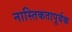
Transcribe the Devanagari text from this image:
नास्तिकतापूर्वक